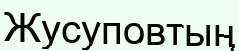
Жусуповтың